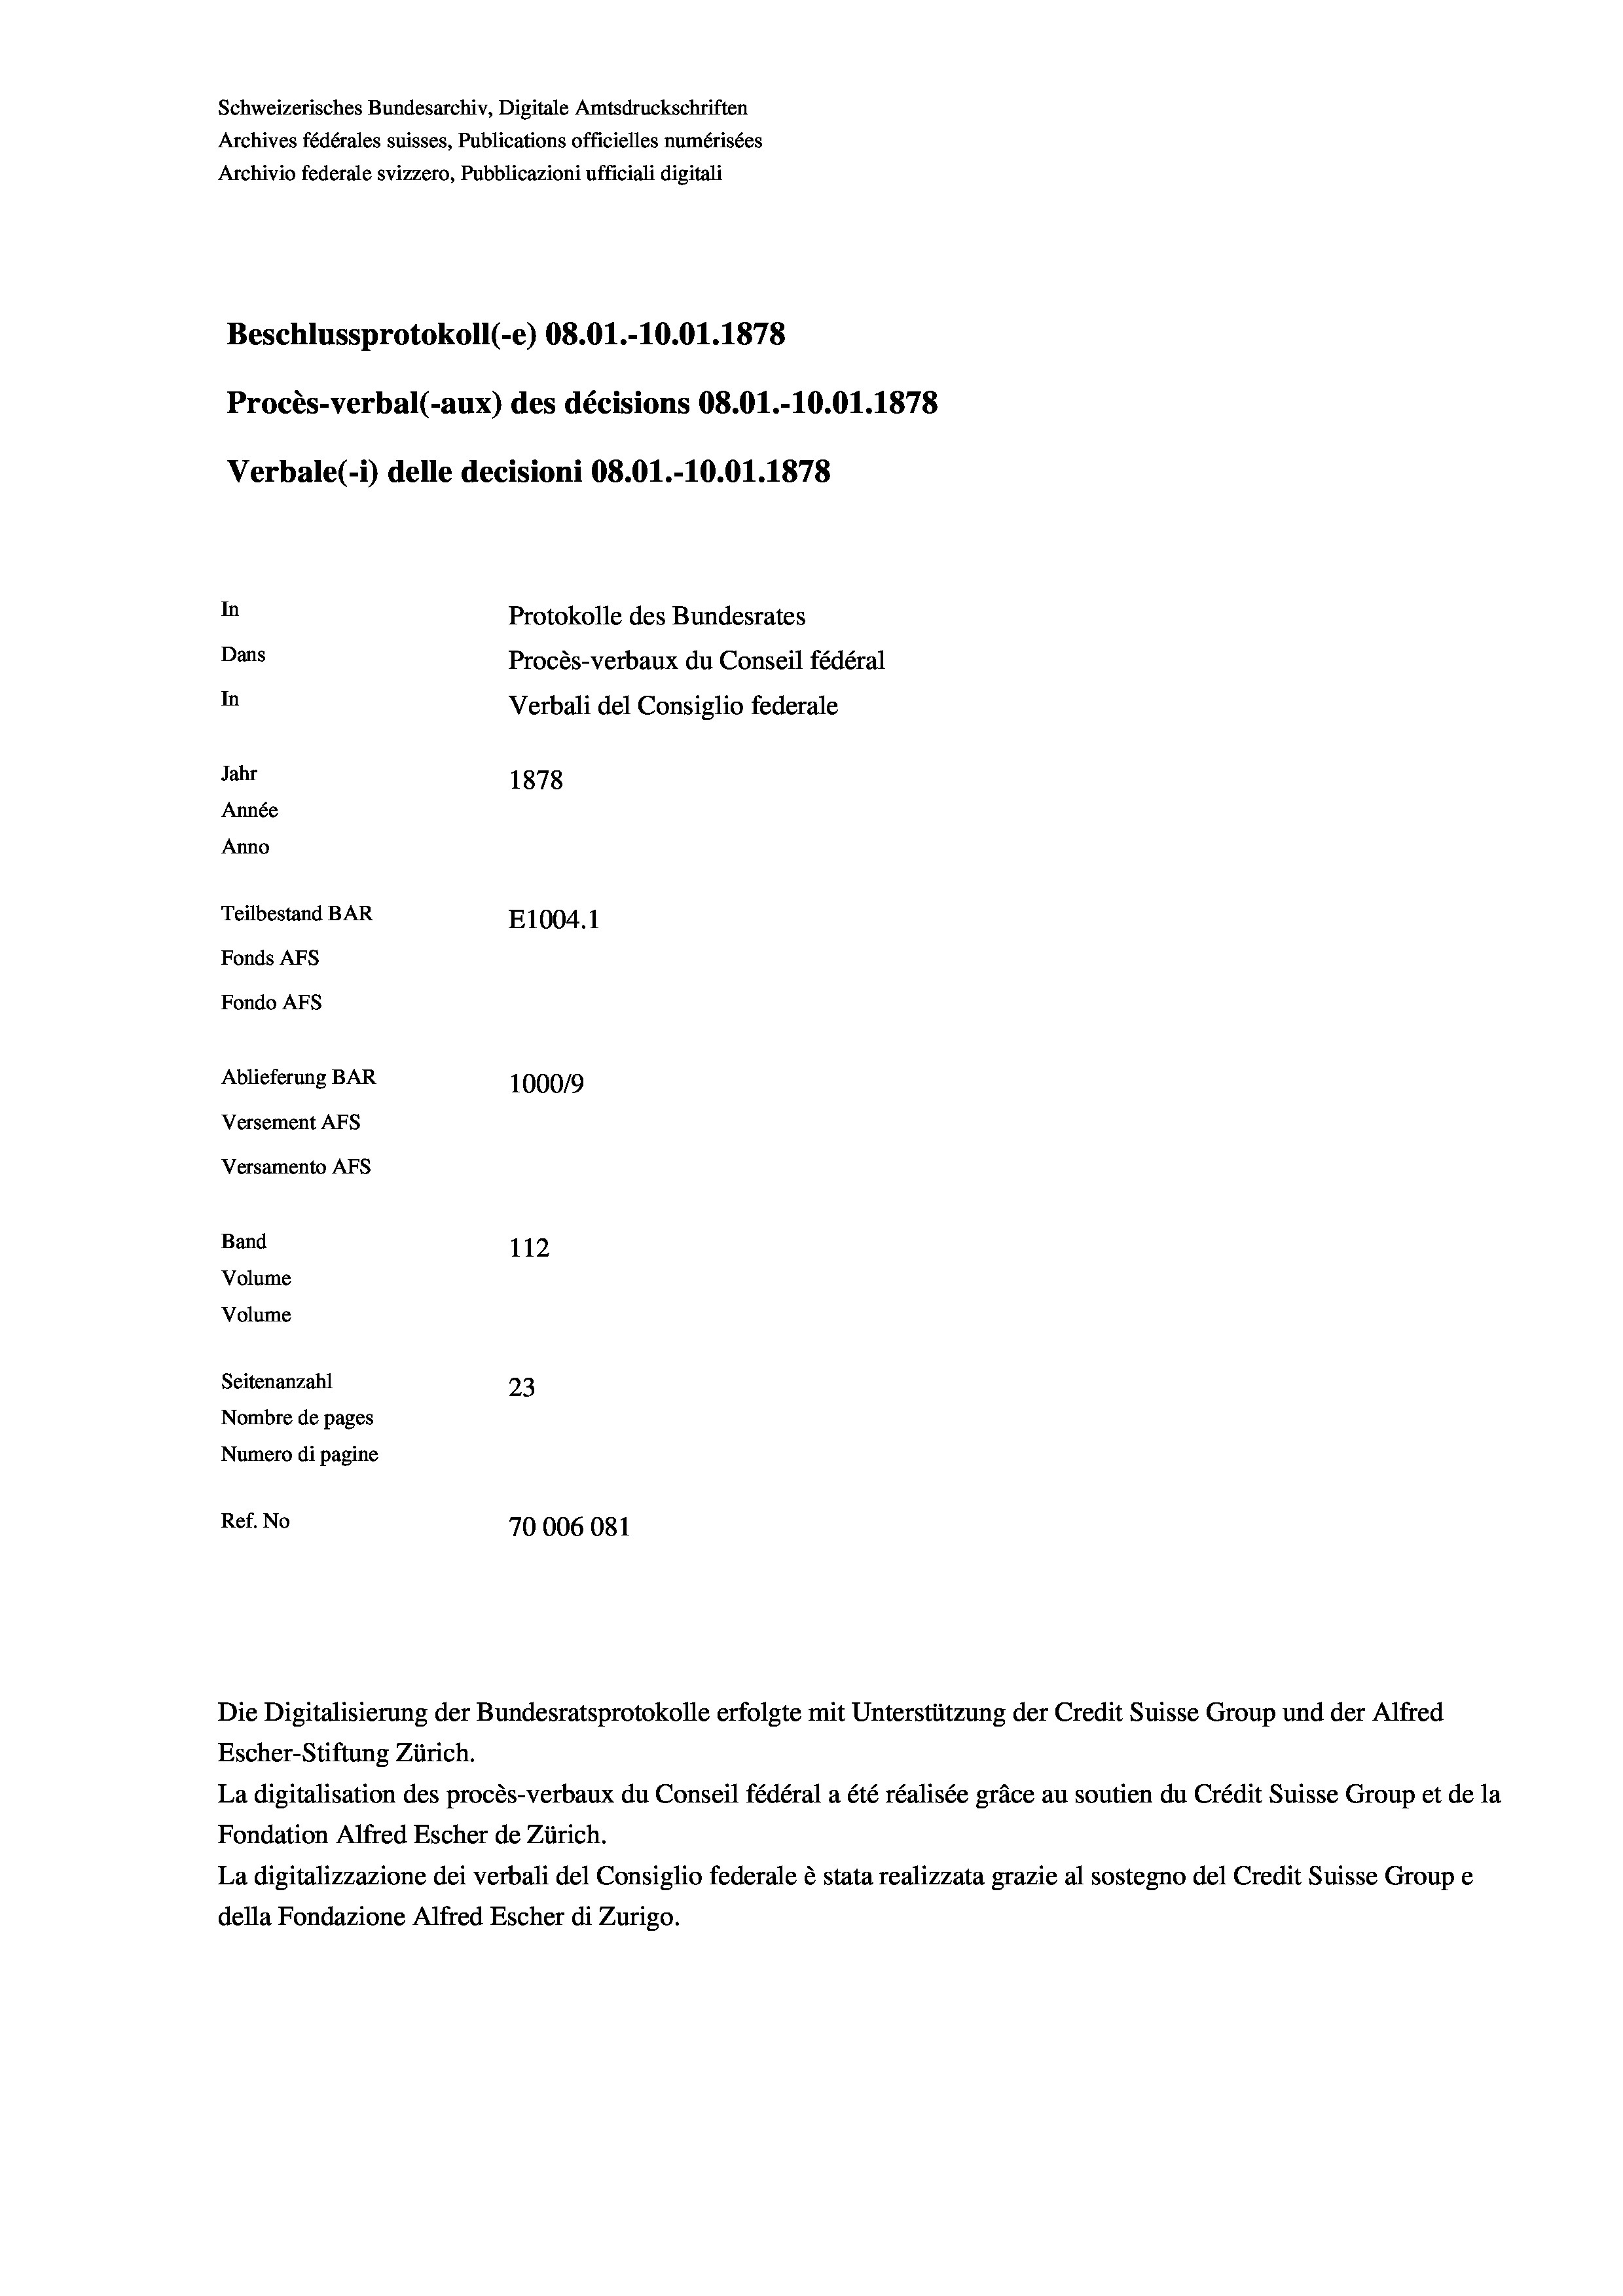
Schweizerisches Bundesarchiv, Digitale Amtsdruckschriften
Archives fédérales suisses, Publications officielles numérisées
Archivio federale svizzero, Pubblicazioni ufficiali digitali
Beschlussprotokoll (-e) 08.01.-10.01. 1878
Procès-verbal (-aux) des décisions 08.01.-10.01. 1878
Verbale (- 1) delle decisioni 08.01.-10.01. 1878
In
Protokolle des Bundesrates
Dans
Procès-verbaux du Conseil fédéral
In
Verbali del Consiglio federale
Jahr
1878
Année
Anno
Teilbestand BAR
E1004. 1
Fonds AFs
Fondo AFs
Ablieferung BAR
100019
Versement AFs
Versamento AFS
Band
112
Volume
Volume
Seitenanzahl
23
Nombre de pages
Numero di pagine
Ref. No
70006081

Escher-Stiftung Zürich.
La digitalisation des procès-verbaux du Conseil fédéral a été réalisée gräce au soutien du Crédit Suisse Group et de la
Fondation Alfred Escher de Zürich.
La digitalizzazione dei verbali del Consiglio federale è stata realizzata grazie al sostegno del Credit Suisse Groupe
della Fondazione Alfred Escher di Zurigo.

Die Digitalisierung der Bundesratsprotokolle erfolgte mit Unterstützung der Credit Suisse Group und der Alfred